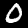
Digit: 0